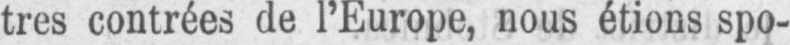
tres contrées de l’Europe, nous étions spo-